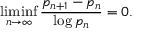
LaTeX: \operatorname* { l i m i n f } _ { n \to \infty } { \frac { p _ { n + 1 } - p _ { n } } { \log p _ { n } } } = 0 .